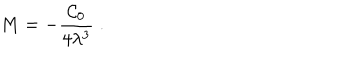
LaTeX: M = - \frac { \mathcal { C } _ { 0 } } { 4 \lambda ^ { 3 } } \; .